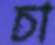
চা